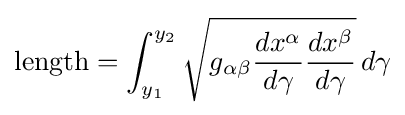
{\text{length}}=\int _{y_{1}}^{y_{2}}{\sqrt {g_{\alpha \beta }{\frac {dx^{\alpha }}{d\gamma }}{\frac {dx^{\beta }}{d\gamma }}}}\,d\gamma